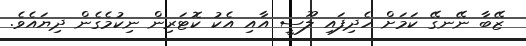
ޒޭބާ ނޭނގޭ ކަމަށް ހެދިފައި ލޫސީ އާއި އެކު ކޮޓަރިން ނިކުމެގެން ދިޔައެވެ.